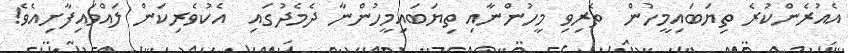
އެއުރެންކުރެ ތިޔަބައިމީހުން  ތެރިވި މީހުންނާއި ތިޔަބައިމީހުންނާ ދެމެދުގައި  އެކުވެރިކަން ލައްވައިފާށިއެވެ!